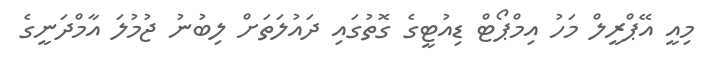
މިއީ އޭޕްރީލް މަހު އިމްޕޯޓް ޑިއުޓީގެ ގޮތުގައި ދައުލަތަށް ލިބުނު ޖުމުލަ އާމްދަނީގެ